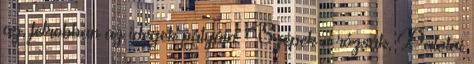
az, felrobban az idegek pályáin. Szépek a rózsák, Palotai